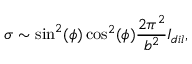
\sigma \sim \sin ^ { 2 } ( \phi ) \cos ^ { 2 } ( \phi ) \frac { 2 \pi ^ { 2 } } { b ^ { 2 } } I _ { d i l } ,